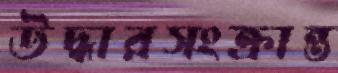
উদ্ধারসংক্রান্ত